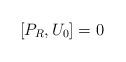
LaTeX: \begin{align*}[P_R,U_0]=0\end{align*}